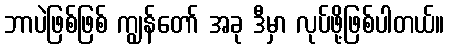
ဘာပဲဖြစ်ဖြစ် ကျွန်တော် အခု ဒီမှာ လုပ်ဖို့ဖြစ်ပါတယ်။